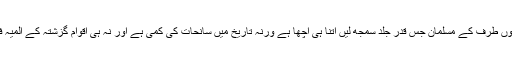
یہ بات دونوں طرف کے مسلمان جس قدر جلد سمجھ لیں اتنا ہی اچھا ہے ورنہ تاریخ میں سانحات کی کمی ہے اور نہ ہی اقوامِ گزشتہ کے المیہ فسانوں کی۔